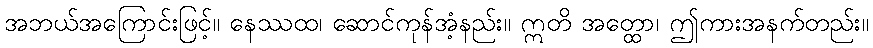
အဘယ်အကြောင်းဖြင့်။ နေဿထ၊ ဆောင်ကုန်အံ့နည်း။ ဣတိ အတ္ထော၊ ဤကားအနက်တည်း။